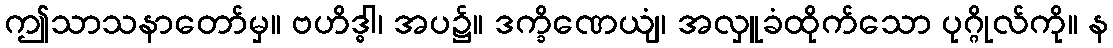
ဤသာသနာတော်မှ။ ဗဟိဒ္ဓါ၊ အပ၌။ ဒက္ခိဏေယျံ၊ အလှူခံထိုက်သော ပုဂ္ဂိုလ်ကို။ န